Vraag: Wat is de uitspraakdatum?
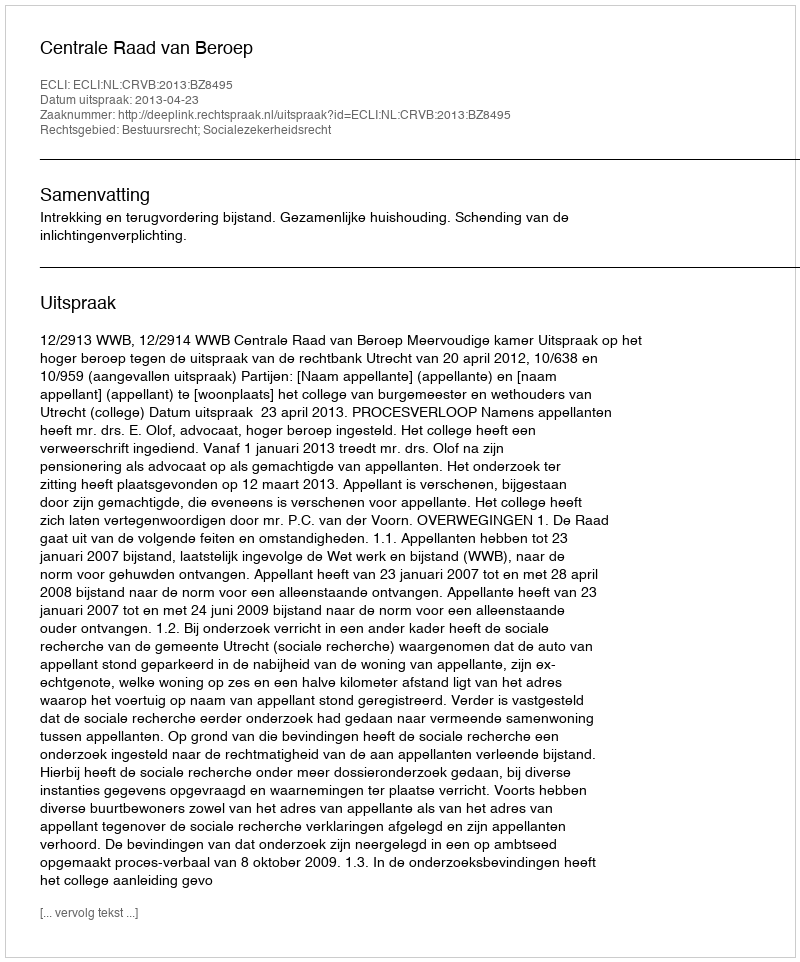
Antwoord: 2013-04-23